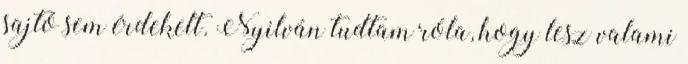
sajtó sem érdekelt. Nyilván tudtam róla, hogy lesz valami